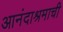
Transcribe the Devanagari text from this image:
आनंदाश्रमाची